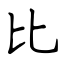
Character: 比